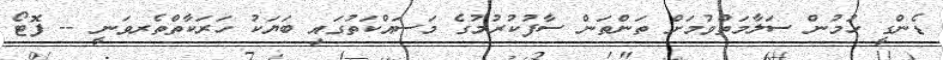
ޑެންގީ ހުމުން ސަލާމަތްވުމަށް ތަންތަން ސާފުކުރުމުގެ މަސައްކަތުގައި ބަޔަކު ހަރަކާތްތެރވަނީ -- ފޮޓޯ